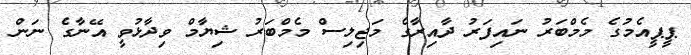
ޕީޕީއެމުގެ މެމްބަރު ނައިފަރު ދާއިރާގެ މަޖިލިސް މެމްބަރު ޝިޔާމް ވިދާޅުވީ އޭނާގެ ނަން